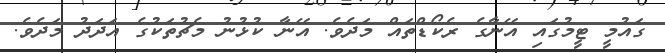
ގައުމީ ޓީމުގައި އޭނާގެ ރެކޯޑްތައް މަދެވެ. އޭނާ ކުޅުނު މެޗުތަކުގެ އަދަދު މަދެވެ.